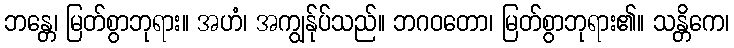
ဘန္တေ၊ မြတ်စွာဘုရား။ အဟံ၊ အကျွန်ုပ်သည်။ ဘဂဝတော၊ မြတ်စွာဘုရား၏။ သန္တိကေ၊